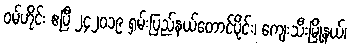
ဝမ်ဟိုင်း ဧပြီ ၂၄၂၀၁၉ ရှမ်းပြည်နယ်တောင်ပိုင်း၊ ကျေးသီးမြို့နယ်၊